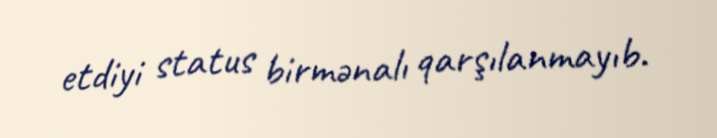
etdiyi status birmənalı qarşılanmayıb.